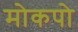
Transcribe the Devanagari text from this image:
मोकपो